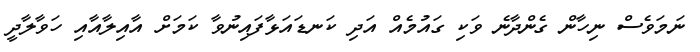
ނަމަވެސް ނިހާން ގެންދާނެ ވަކި ގައުމެއް އަދި ކަނޑައަޅާފައިނުވާ ކަމަށް އާއިލާއާއި ހަވާލާދީ